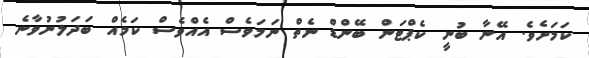
ކަމަށެވެ. އޭނާ ބުނީ ކެޕްޓަން ބޭންޑް ނެތް ނަމަވެސް އެއްވެސް ކަމެއް ބަދަލުނުވާނެ